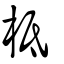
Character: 柢